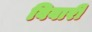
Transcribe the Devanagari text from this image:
विवारी